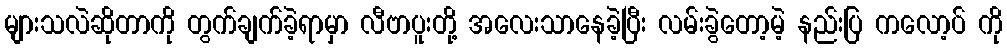
များသလဲဆိုတာကို တွက်ချက်ခဲ့ရာမှာ လီဗာပူးတို့ အလေးသာနေခဲ့ပြီး လမ်းခွဲတော့မဲ့ နည်းပြ ကလော့ပ် ကို